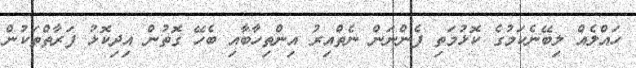
ހައްލެއް ލިބޭނެކަމުގެ ކޮޅުމަތި ފެންނަން ނެތްއިރު އިންތިހާބާއި ބެހޭ ގޮތުން އިދިކޮޅު ފަރާތްތަކުން